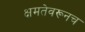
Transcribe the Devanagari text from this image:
क्षमतेवरूनच